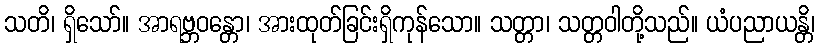
သတိ၊ ရှိသော်။ အာရဗ္ဘဝန္တော၊ အားထုတ်ခြင်းရှိကုန်သော။ သတ္တာ၊ သတ္တဝါတို့သည်။ ယံပညာယန္တိ၊